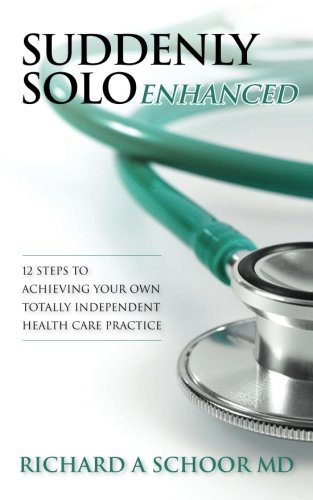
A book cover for Suddenly Solo Enhanced: 12 Steps to Achieving Your Own Totally Independent Health Care Practice; Richard A Schoor MD; Medical Books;